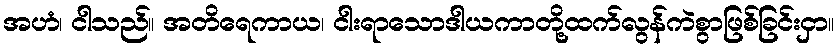
အဟံ၊ ငါသည်။ အတိရေကာယ၊ ငါးရာသောဒါယကာတို့ထက်လွန်ကဲစွာဖြစ်ခြင်းငှာ။